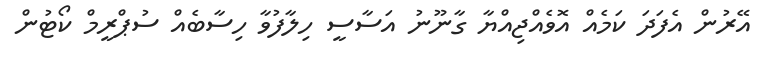
އޭރުން އެފަދަ ކަމެއް އޮވެއްޖިއްޔާ ގާނޫނު އަސާސީ ހިލާފުވާ ހިސާބެއް ސުޕްރީމް ކޯޓުން